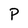
Character: P